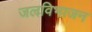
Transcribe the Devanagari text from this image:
जलविभाजन